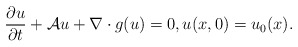
\begin{align*}\frac{\partial u}{\partial t} + {\cal A}u + \nabla\cdot g(u) = 0, u(x,0)=u_0(x).\end{align*}